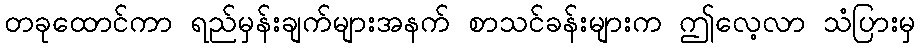
တခုထောင်ကာ ရည်မှန်းချက်များအနက် စာသင်ခန်းများက ဤလေ့လာ သံပြားမှ